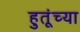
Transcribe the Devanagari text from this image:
हुतूंच्‍या